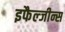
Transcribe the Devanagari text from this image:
इफैल्जीन्स